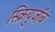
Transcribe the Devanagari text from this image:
स्क्रियुजॉब